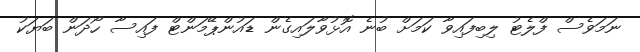
ނަމަވެސް ފްލެޓު ލިބިފައިވާ ކަމަށް ބުނެ އޮޅުވާލައިގެން ޑައުންޕޭމަންޓް ފައިސާ ހޯދަން ބަޔަކު